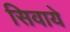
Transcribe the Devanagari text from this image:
सिवाये